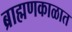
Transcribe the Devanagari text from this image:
ब्राह्मणकाळात